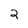
Character: 2